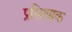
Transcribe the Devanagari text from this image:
प्रसिखाक